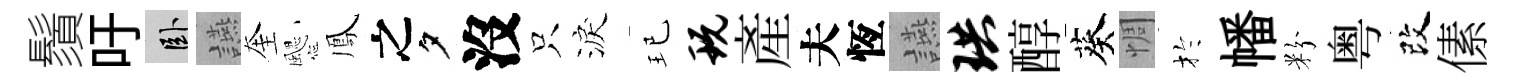
鬚吁卧讌奎颸鳳之夕沒只淚玘玩産夫恆讌珙醇葵惆扵幡粉粤改傃